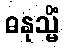
ဓနုသ္မိံ